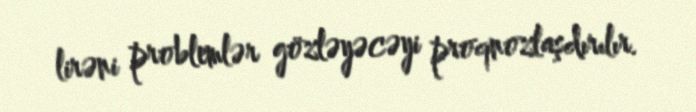
lirəni problemlər gözləyəcəyi proqnozlaşdırılır.